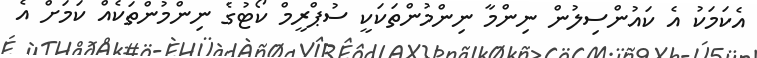
އެކަމަކު އެ ކައުންސިލުން ނިންމާ ނިންމުންތަކަކީ ސުޕްރީމް ކޯޓުގެ ނިންމުންތަކެއް ކަމަށް އެ